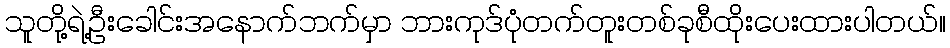
သူတို့ရဲ့ဦးခေါင်းအနောက်ဘက်မှာ ဘားကုဒ်ပုံတက်တူးတစ်ခုစီထိုးပေးထားပါတယ်။